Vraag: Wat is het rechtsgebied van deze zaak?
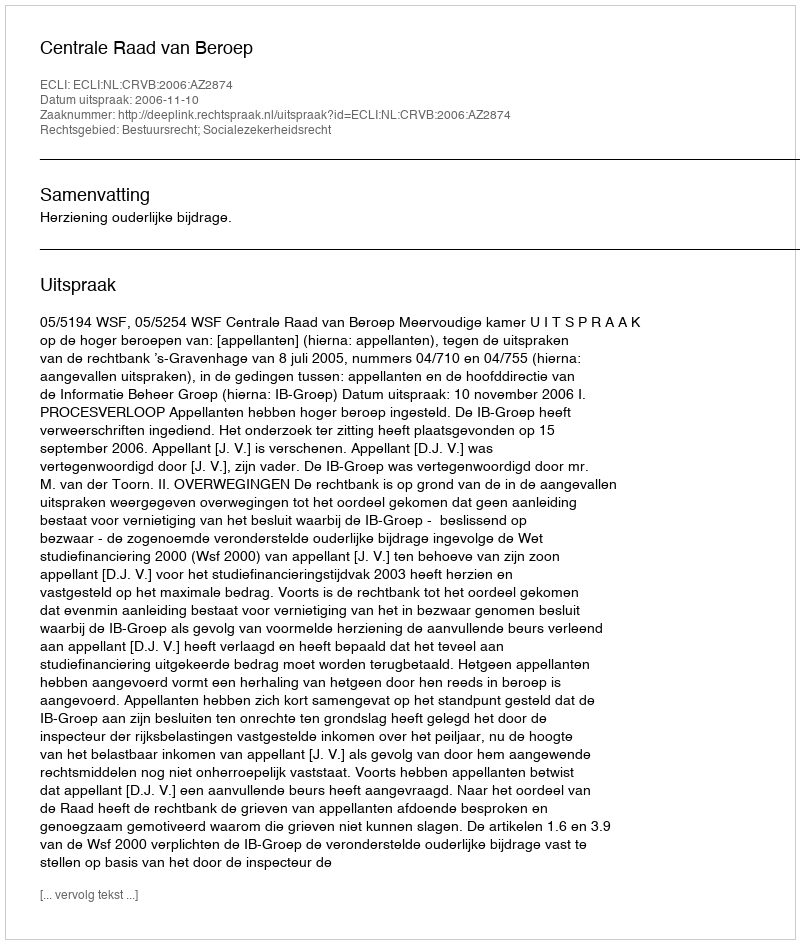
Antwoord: Bestuursrecht; Socialezekerheidsrecht